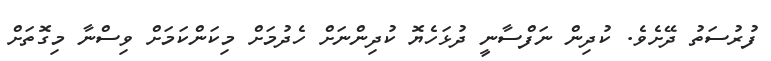
ފުރުސަތު ދޭށެވެ. ކުދިން ނަފްސާނީ ދުޅަހެޔޮ ކުދިންނަށް ހެދުމަށް މިކަންކަމަށް ވިސްނާ މިގޮތަށް